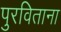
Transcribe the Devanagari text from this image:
पुरविताना